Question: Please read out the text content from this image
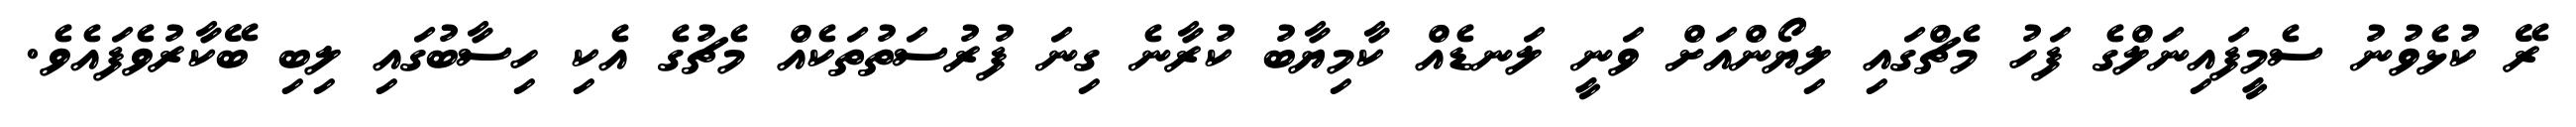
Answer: ރޭ ކުޅެވުނު ސެމީފައިނަލްގެ ފަހު މެޗްގައި ލިޔޯންއަށް ވަނީ ލަނޑެއް ކާމިޔާބު ކުރާނެ ގިނަ ފުރުސަތުތަކެއް މެޗުގެ އެކި ހިސާބުގައި ލިބި ބޭކާރުވެފައެވެ.